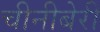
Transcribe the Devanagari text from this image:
चीनीबेरी